Report on plague in the Punjab from October 1st ... to September 30th ..., being the ... season of plague in the province
Disease focus: Plague
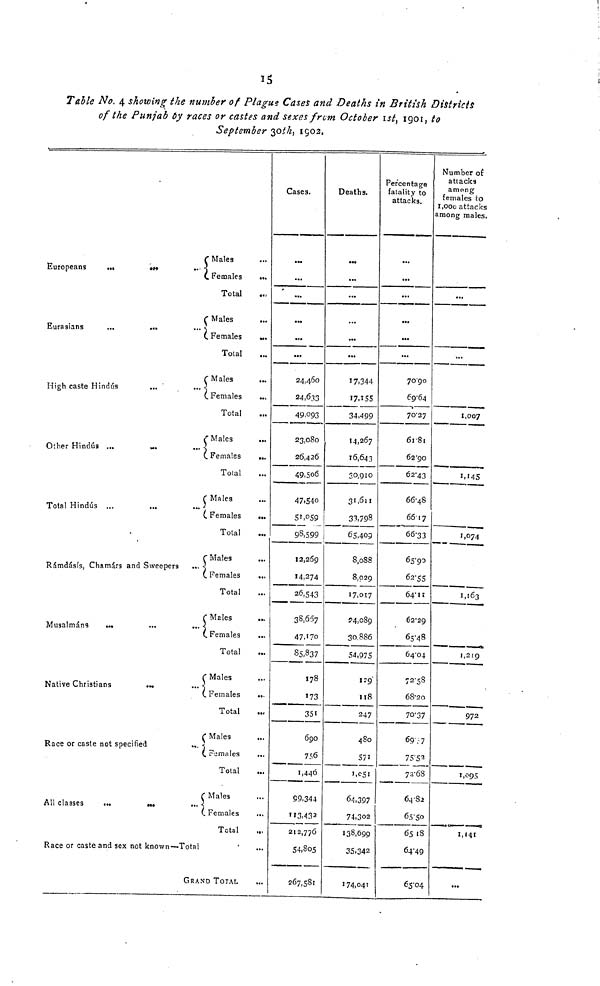
15
Table No. 4 showing the number of Plague Cases and Deaths in British Districts
of the Punjab 6y races or castes and sexes from October 1st, 1901, to
September 30th, 1902.
( Males
Europeans
•••
...
•• •]
C Females (Females ...
Total
( Males ...
Eurasians
...
•••
••• s
( Females ...
Total
( Males ...
High caste Hindus
...
...
(. Females
...
Total
( Males
Other Hindus ...
...
...
( Females
...
Total
( Males
Total Hindus ...
...
...
(. Females
...
Total
...
( Males
Rámdásís, Chamárs and Sweepers
...
( Females
...
Total
( Males
...
Musalmáns
...
...
...
( Females
...
Total
( Males
Native Christians
...
...
( Females
...
Total
( Males ...
Race or caste not specified
...
(, Females
Total
( Males
All classes
...
... ...
(. Females
...
Total
Race or caste and sex not known—Total
'
...
GRAND TOTAL
Cases.
...
...
...
24,460
24,633
49,093
23,080
26,426
49,506
47,540
5',o59
98,599
12,269
14,274
26,543
38,607
47,170
85,837
178
173
351
690
756
1,440
99,344
113.43 3
212,776
54,805
267,581
Deaths.
...
...
...
...
17,344
17.155
34,499
14,267
16,643
30, 910
31, 611
33, 798
65,409
8,088
8,029
17,017
54,089
30,886
54,975
129'
118
247
480
571
1,051
64,397
74,302
138,699
35,342
174,041
Percentage
fatality to
attacks
...
...
...
70.90
69.64
70.27
61.81
62.90
62.43
66.48
66'17
66.33
65.90
62.55
64.11
62.29
65.48
64.04
72.58
68.20
70.37
69 . 7
75'5 3
72..68
64.82
65.50
6518
64.49
65.04
Number of
attacks
among
females to
1,000 attacks
among males.
...
...
1,007
1,145
1,074
1,163
1,219
972
1,095
1,141
...